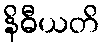
နိဓီယတိ